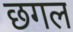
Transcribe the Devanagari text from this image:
छगल